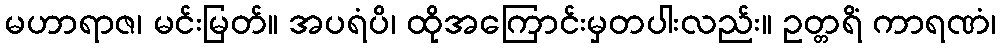
မဟာရာဇ၊ မင်းမြတ်။ အပရံပိ၊ ထိုအကြောင်းမှတပါးလည်း။ ဥတ္တရိံ ကာရဏံ၊